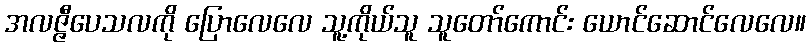
အလဇ္ဇီပေသလကို ပြောလေလေ သူ့ကိုယ်သူ သူတော်ကောင်း ယောင်ဆောင်လေလေ။